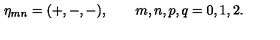
\eta _ { m n } = ( + , - , - ) , \qquad m , n , p , q = 0 , 1 , 2 .